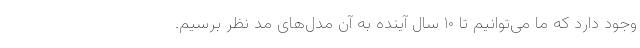
وجود دارد که ما می‌توانیم تا ۱۰ سال آینده به آن مدل‌های مد نظر برسیم.